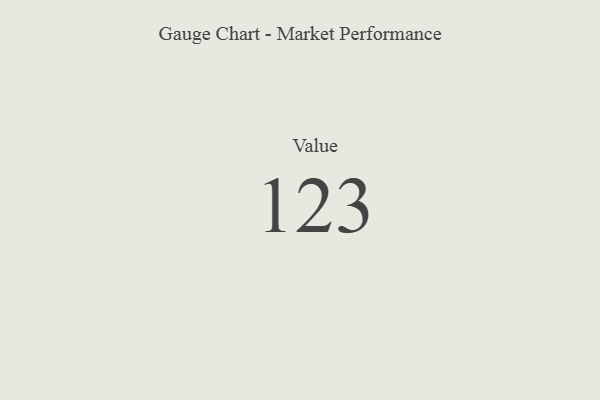
{"axis": {"x": "Metric", "y": "Value"}, "legend": [""], "data": [{"x": "Value", "y": 123, "type": ""}]}